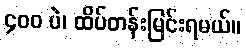
၄၀၀ ပဲ၊ ထိပ်တန်းမြင်းရမယ်။